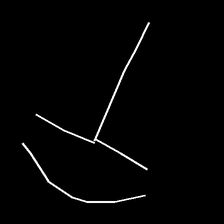
Glyph: dispersion